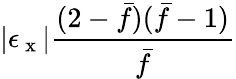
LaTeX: |\epsilon_{\mathrm{~x~}}|\frac{(2-\bar{f})(\bar{f}-1)}{\bar{f}}